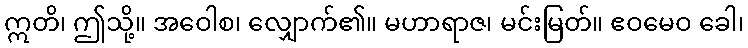
ဣတိ၊ ဤသို့။ အဝေါစ၊ လျှောက်၏။ မဟာရာဇ၊ မင်းမြတ်။ ဧဝမေဝ ခေါ၊